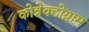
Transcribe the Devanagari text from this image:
कोन्नेक्टोग्राम